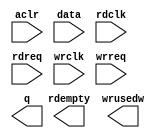
module squeeze_fifo (
	aclr,
	data,
	rdclk,
	rdreq,
	wrclk,
	wrreq,
	q,
	rdempty,
	wrusedw);

	input	  aclr;
	input	[47:0]  data;
	input	  rdclk;
	input	  rdreq;
	input	  wrclk;
	input	  wrreq;
	output	[95:0]  q;
	output	  rdempty;
	output	[8:0]  wrusedw;
`ifndef ALTERA_RESERVED_QIS
// synopsys translate_off
`endif
	tri0	  aclr;
`ifndef ALTERA_RESERVED_QIS
// synopsys translate_on
`endif

endmodule